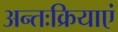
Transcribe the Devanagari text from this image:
अन्तःक्रियाएं